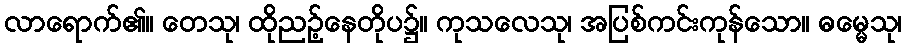
လာရောက်၏။ တေသု၊ ထိုညဉ့်နေတိုပ၌။ ကုသလေသု၊ အပြစ်ကင်းကုန်သော။ ဓမ္မေသု၊